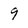
Character: 9